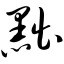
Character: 黜